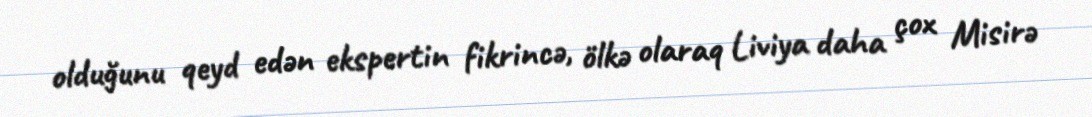
olduğunu qeyd edən ekspertin fikrincə, ölkə olaraq Liviya daha çox Misirə